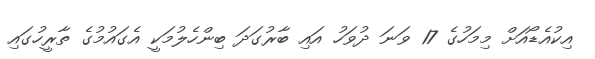
އިކުއެޑޯއަށް މިމަހުގެ 17 ވަނަ ދުވަހު އައި ބާރުގަދަ ބިންހެލުމަކީ އެގައުމުގެ ތާރީހުގައި